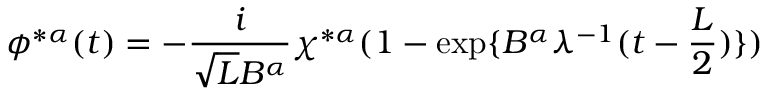
\phi ^ { * \alpha } ( t ) = - \frac { i } { \sqrt { L } B ^ { \alpha } } \chi ^ { * \alpha } ( 1 - \exp \{ B ^ { \alpha } \lambda ^ { - 1 } ( t - \frac { L } { 2 } ) \} )